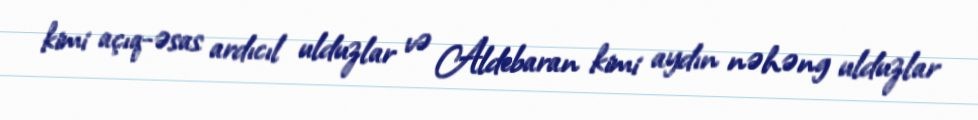
kimi açıq-əsas ardıcıl ulduzlar və Aldebaran kimi aydın nəhəng ulduzlar